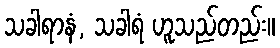
သခါရာနံ, သခါရံ ဟူသည်တည်း။